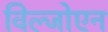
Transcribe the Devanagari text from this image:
विल्जोएन